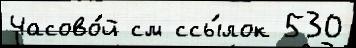
Часово́й см ссы́лок 530